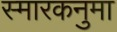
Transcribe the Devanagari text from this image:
स्मारकनुमा